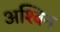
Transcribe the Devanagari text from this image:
अश्‍िवन